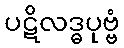
ပဋိလဒ္ဓပုဗ္ဗံ